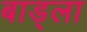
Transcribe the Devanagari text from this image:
बाड्ला